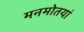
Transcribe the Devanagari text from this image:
मनमोतयां